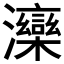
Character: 𱪍